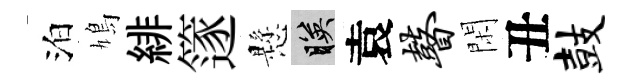
泊鳩緋篴懸映袁瞽閑丑鼓